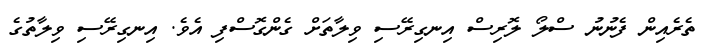
ތެރެއިން ފެނުނު ސްލޯ ލޮރިސް އިނގިރޭސި ވިލާތަށް ގެންގޮސްފި އެވެ. އިނގިރޭސި ވިލާތުގެ